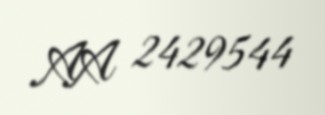
AA 2429544